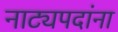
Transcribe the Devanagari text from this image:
नाट्यपदांना